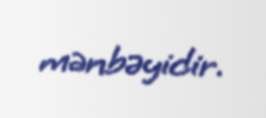
mənbəyidir.